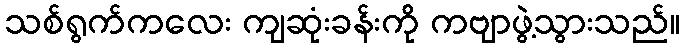
သစ်ရွက်ကလေး ကျဆုံးခန်းကို ကဗျာဖွဲ့သွားသည်။